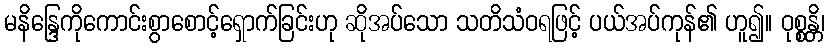
မနိန္ဒြေကိုကောင်းစွာစောင့်ရှောက်ခြင်းဟု ဆိုအပ်သော သတိသံဝရဖြင့် ပယ်အပ်ကုန်၏ ဟူ၍။ ဝုစ္စန္တိ၊